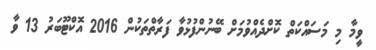
ވީމާ މި މަސައްކަތް ކޮށްދެއްވުމަށް ބޭނުންފުޅުވާ ފަރާތްތަކުން 2016 އޮކްޓޫބަރު 13 ވާ